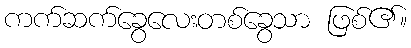
ကက်ဆက်ခွေလေးတစ်ခွေသာ ဖြစ်၏။